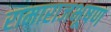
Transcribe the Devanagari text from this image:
रामाराजभूषण